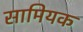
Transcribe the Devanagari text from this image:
सामियक